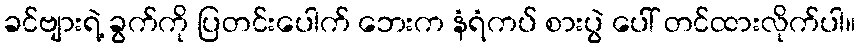
ခင်ဗျားရဲ့ ခွက်ကို ပြတင်းပေါက် ဘေးက နံရံကပ် စားပွဲ ပေါ် တင်ထားလိုက်ပါ။